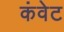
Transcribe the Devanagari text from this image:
कंवेट